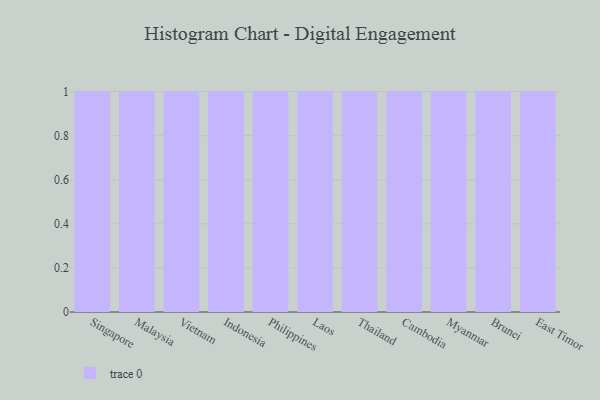
{"axis": {"x": "Country", "y": "Tickets Resolved"}, "legend": [""], "data": [{"x": "Singapore", "y": 86, "type": ""}, {"x": "Malaysia", "y": 85, "type": ""}, {"x": "Vietnam", "y": 47, "type": ""}, {"x": "Indonesia", "y": 11, "type": ""}, {"x": "Philippines", "y": 46, "type": ""}, {"x": "Laos", "y": 57, "type": ""}, {"x": "Thailand", "y": 49, "type": ""}, {"x": "Cambodia", "y": 66, "type": ""}, {"x": "Myanmar", "y": 27, "type": ""}, {"x": "Brunei", "y": 10, "type": ""}, {"x": "East Timor", "y": 87, "type": ""}]}